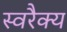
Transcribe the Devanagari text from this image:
स्वरैक्य